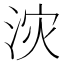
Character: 𮳇